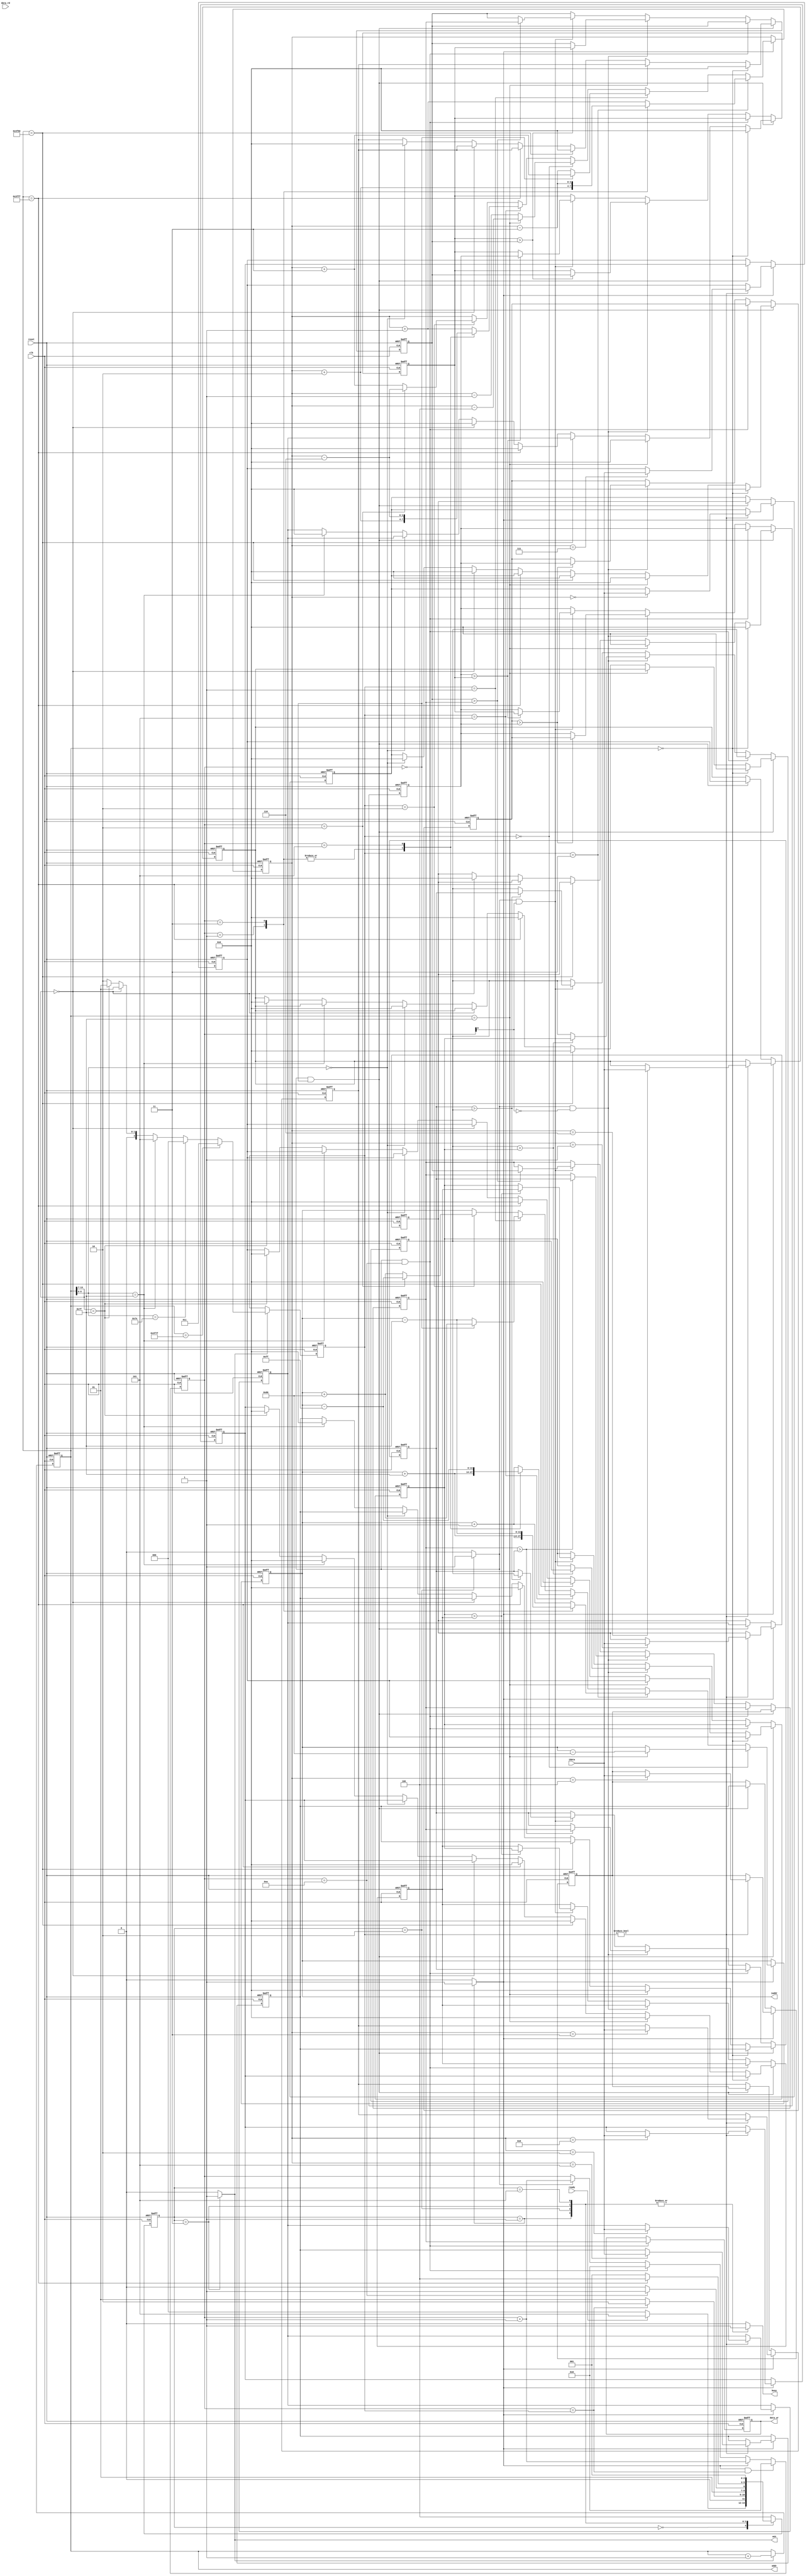
`timescale 1ns/10ps

module MFE(clk,reset,busy,ready,iaddr,idata,data_rd,data_wr,addr,wen);

input				clk;
input				reset;
output	reg			busy;	
input				ready;	
output	reg	[13:0]	iaddr;
input		[7:0]	idata;	
input		[7:0]	data_rd;
output	reg	[7:0]	data_wr;
output	reg	[13:0]	addr;
output	reg			wen;

reg			[2:0]	CurrentState;
reg			[2:0]	NextState;

reg			[3:0]	counter;
reg			[2:0]	round;
reg			[3:0]	index;

reg					data_read;
reg					sort;

reg			[7:0]	data_unsorted[8:0];
reg         [7:0]   data_sorting[8:0];

always@(posedge clk or posedge reset)begin
	if(reset)
		data_wr <= 8'h0;
	else if(sort && counter == 4'ha)
		data_wr <= data_sorting[4];
end

always@(posedge clk or posedge reset)begin
	if(reset)
		index <= 4'h4;
	else if(data_read)begin
		if(round == 3'h3)begin//addr = 0 or 16256 //left-top & left-down
			case(counter)
				4'h1:
					index <= index + 2'h2;
				4'h3:
					index <= index - 2'h3;
				default:
					index <= index + 1'h1;
			endcase
		end
		else if(round == 3'h1)begin//addr < 127 or > 16256 //top & down
			case(counter)
				4'h0:
					index <= index + 2'h3;
				default:
					index <= index - 2'h3;
			endcase
		end
		else if(round == 3'h0)begin//addr[6:0] = 127 //right
			if(addr == 7'h7f)
				index <= index - 3'h4;
			else
				index <= index - 1'h1;
		end
		else if(round == 3'h5)begin//addr[6:0] = 0 //left
			case(counter)
				4'h1:
					index <= index + 2'h2;
				4'h3:
					index <= index + 2'h2;
				4'h5:
					index <= index - 3'h6;
				default:
					index <= index + 1'h1;
			endcase
		end
		else if(round == 3'h2)begin//other
			case(counter)
				3'h2:
					index <= index - 3'h6;
				default:
					index <= index + 2'h3;
			endcase
		end
	end
end

always@(posedge clk or posedge reset)begin
	if(reset)begin
		data_sorting[0] <= 8'h0;
		data_sorting[1] <= 8'h0;
		data_sorting[2] <= 8'h0;
		data_sorting[3] <= 8'h0;
		data_sorting[4] <= 8'h0;
		data_sorting[5] <= 8'h0;
		data_sorting[6] <= 8'h0;
		data_sorting[7] <= 8'h0;
		data_sorting[8] <= 8'h0;
	end
	else if(sort && counter == 4'h0)begin
		if(addr == 14'h0)begin//left-top
			data_sorting[0] <= 8'h0;
			data_sorting[1] <= 8'h0;
			data_sorting[2] <= 8'h0;
			data_sorting[3] <= 8'h0;
			data_sorting[4] <= data_unsorted[4];
			data_sorting[5] <= data_unsorted[5];
			data_sorting[6] <= 8'h0;
			data_sorting[7] <= data_unsorted[7];
			data_sorting[8] <= data_unsorted[8];
		end
		else if(addr == 7'h7f)begin//right-top
			data_sorting[0] <= 8'h0;
			data_sorting[1] <= 8'h0;
			data_sorting[2] <= 8'h0;
			data_sorting[3] <= data_unsorted[3];
			data_sorting[4] <= data_unsorted[4];
			data_sorting[5] <= 8'h0;
			data_sorting[6] <= data_unsorted[6];
			data_sorting[7] <= data_unsorted[7];
			data_sorting[8] <= 8'h0;
		end
		else if(addr == 14'h3f80)begin//left-down
			data_sorting[0] <= 8'h0;
			data_sorting[1] <= data_unsorted[1];
			data_sorting[2] <= data_unsorted[2];
			data_sorting[3] <= 8'h0;
			data_sorting[4] <= data_unsorted[4];
			data_sorting[5] <= data_unsorted[5];
			data_sorting[6] <= 8'h0;
			data_sorting[7] <= 8'h0;
			data_sorting[8] <= 8'h0;
		end
		else if(addr == 14'h3fff)begin//right-down
			data_sorting[0] <= data_unsorted[0];
			data_sorting[1] <= data_unsorted[1];
			data_sorting[2] <= 8'h0;
			data_sorting[3] <= data_unsorted[3];
			data_sorting[4] <= data_unsorted[4];
			data_sorting[5] <= 8'h0;
			data_sorting[6] <= 8'h0;
			data_sorting[7] <= 8'h0;
			data_sorting[8] <= 8'h0;
		end
		else if(addr[13:7] == 7'h0)begin//top
			data_sorting[0] <= 8'h0;
			data_sorting[1] <= 8'h0;
			data_sorting[2] <= 8'h0;
			data_sorting[3] <= data_unsorted[3];
			data_sorting[4] <= data_unsorted[4];
			data_sorting[5] <= data_unsorted[5];
			data_sorting[6] <= data_unsorted[6];
			data_sorting[7] <= data_unsorted[7];
			data_sorting[8] <= data_unsorted[8];
		end
		else if(addr[6:0] == 7'h0)begin//left
			data_sorting[0] <= 8'h0;
			data_sorting[1] <= data_unsorted[1];
			data_sorting[2] <= data_unsorted[2];
			data_sorting[3] <= 8'h0;
			data_sorting[4] <= data_unsorted[4];
			data_sorting[5] <= data_unsorted[5];
			data_sorting[6] <= 8'h0;
			data_sorting[7] <= data_unsorted[7];
			data_sorting[8] <= data_unsorted[8];
		end
		else if(addr[6:0] == 7'h7f)begin//right
			data_sorting[0] <= data_unsorted[0];
			data_sorting[1] <= data_unsorted[1];
			data_sorting[2] <= 8'h0;
			data_sorting[3] <= data_unsorted[3];
			data_sorting[4] <= data_unsorted[4];
			data_sorting[5] <= 8'h0;
			data_sorting[6] <= data_unsorted[6];
			data_sorting[7] <= data_unsorted[7];
			data_sorting[8] <= 8'h0;
		end
		else if(addr[13:7] == 7'h7f)begin//down
			data_sorting[0] <= data_unsorted[0];
			data_sorting[1] <= data_unsorted[1];
			data_sorting[2] <= data_unsorted[2];
			data_sorting[3] <= data_unsorted[3];
			data_sorting[4] <= data_unsorted[4];
			data_sorting[5] <= data_unsorted[5];
			data_sorting[6] <= 8'h0;
			data_sorting[7] <= 8'h0;
			data_sorting[8] <= 8'h0;
		end
		else begin//other
			data_sorting[0] <= data_unsorted[0];
			data_sorting[1] <= data_unsorted[1];
			data_sorting[2] <= data_unsorted[2];
			data_sorting[3] <= data_unsorted[3];
			data_sorting[4] <= data_unsorted[4];
			data_sorting[5] <= data_unsorted[5];
			data_sorting[6] <= data_unsorted[6];
			data_sorting[7] <= data_unsorted[7];
			data_sorting[8] <= data_unsorted[8];
		end
	end
	else if(sort && counter == 4'ha)begin
		data_sorting[0] <= data_sorting[0];
	end
	else if(sort && counter[0] == 1'h0)begin
		if(data_sorting[0] > data_sorting[1])begin
			data_sorting[0] <= data_sorting[1];
			data_sorting[1] <= data_sorting[0];
		end
		if(data_sorting[2] > data_sorting[3])begin
			data_sorting[2] <= data_sorting[3];
			data_sorting[3] <= data_sorting[2];
		end
		if(data_sorting[4] > data_sorting[5])begin
			data_sorting[4] <= data_sorting[5];
			data_sorting[5] <= data_sorting[4];
		end
		if(data_sorting[6] > data_sorting[7])begin
			data_sorting[6] <= data_sorting[7];
			data_sorting[7] <= data_sorting[6];
		end
	end
	else if(sort && counter[0] == 1'h1)begin
		if(data_sorting[1] > data_sorting[2])begin
			data_sorting[1] <= data_sorting[2];
			data_sorting[2] <= data_sorting[1];
		end
		if(data_sorting[3] > data_sorting[4])begin
			data_sorting[3] <= data_sorting[4];
			data_sorting[4] <= data_sorting[3];
		end
		if(data_sorting[5] > data_sorting[6])begin
			data_sorting[5] <= data_sorting[6];
			data_sorting[6] <= data_sorting[5];
		end
		if(data_sorting[7] > data_sorting[8])begin
			data_sorting[7] <= data_sorting[8];
			data_sorting[8] <= data_sorting[7];
		end
	end
end

always@(posedge clk or posedge reset)begin
	if(reset)begin
		data_unsorted[0] <= 8'h0;
		data_unsorted[1] <= 8'h0;
		data_unsorted[2] <= 8'h0;
		data_unsorted[3] <= 8'h0;
		data_unsorted[4] <= 8'h0;
		data_unsorted[5] <= 8'h0;
		data_unsorted[6] <= 8'h0;
		data_unsorted[7] <= 8'h0;
		data_unsorted[8] <= 8'h0;
	end
	else if(data_read)begin
		if(round != 3'h0)
			data_unsorted[index] <= idata;
	end
	else if(sort && counter == 4'h0)begin
		data_unsorted[0] <= data_unsorted[1];
		data_unsorted[1] <= data_unsorted[2];
		data_unsorted[3] <= data_unsorted[4];
		data_unsorted[4] <= data_unsorted[5];
		data_unsorted[6] <= data_unsorted[7];
		data_unsorted[7] <= data_unsorted[8];
	end
end

always@(posedge clk or posedge reset)begin
	if(reset)
		iaddr <= 14'h0;
	else if(data_read)begin
		if(round == 3'h0)begin//addr[6:0] = 127 //right
			if(addr == 7'h7f)
				iaddr <= iaddr - 8'h80;
		end
		else if(round == 3'h3)begin//addr = 0 or 16256 //left-up & left-down
			case(counter)
				4'h1:
					iaddr <= iaddr + 8'h7f;
				4'h3:
					iaddr <= iaddr - 8'h7f;
				default:
					iaddr <= iaddr + 1'h1;
			endcase
		end
		else if(round == 3'h5)begin//addr[6:0] = 0 //left
			case(counter)
				4'h1:
					iaddr <= iaddr + 8'h7f;
				4'h3:
					iaddr <= iaddr + 8'h7f;
				4'h5:
					iaddr <= iaddr - 8'hff;
				default:
					iaddr <= iaddr + 1'h1;
			endcase
		end
		else if(round == 3'h1)begin//addr < 127 or > 16256 //up & down
			case(counter)
				4'h0:
					iaddr <= iaddr + 8'h80;
				default:
					iaddr <= iaddr - 8'h7f;
			endcase
		end
		else if(round == 3'h2)begin//other
			case(counter)
				4'h2:
					iaddr <= iaddr - 8'hff;
				default:
					iaddr <= iaddr + 8'h80;
			endcase
		end
	end
end

always@(posedge clk or posedge reset)begin
	if(reset)
		addr <= 14'h0;
	else if(wen)
		addr <= addr + 1'h1;
end

always@(posedge clk or posedge reset)begin
	if(reset)//addr = 0 // left-up
		round <= 3'h3;
	else if(wen)begin
		if(addr == 14'h3f7f)//addr = 16256 //left-down
			round <= 3'h3;
		else if(addr[6:0] == 7'h7e)//addr[6:0] = 127 //right
			round <= 3'h0;
		else if(addr[6:0] == 7'h7f)//addr[6:0] = 128 //left
			round <= 3'h5;
		else if(addr[13:7] == 7'h0)//addr < 127 //up
			round <= 3'h1;
		else if(addr[13:7] == 7'h7f)//addr > 16256 //down
			round <= 3'h1;
		else//other 
			round <= 3'h2;
	end
end

always@(posedge clk or posedge reset)begin
	if(reset)
		counter <= 4'h0;
	else if(data_read && counter == round)
		counter <= 4'h0;
	else if(data_read)
		counter <= counter + 1'h1;
	else if(sort && counter == 4'ha)
		counter <= 4'h0;
	else if(sort)
		counter <= counter + 1'h1;
end

always@(posedge clk or posedge reset)begin
	if(reset)
		CurrentState <= 3'h0;
	else
		CurrentState <= NextState;
end

always@(*)begin
	case(CurrentState)
		3'h0:begin//reset
			if(ready)
				NextState = 3'h5;
			else
				NextState = 3'h0;
		end
		3'h1:begin//read
			if(counter == round)
				NextState = 3'h2;
			else
				NextState = 3'h1;
		end
		3'h2:begin//sort
			if(counter == 4'ha)
				NextState = 3'h3;
			else
				NextState = 3'h2;
		end
		3'h3:begin//write
			if(addr == 14'h3fff)
				NextState = 3'h4;
			else
				NextState = 3'h1;
		end
		3'h5:begin
			NextState = 3'h1;
		end
		default:begin//finish
			NextState = 3'h4;
		end
	endcase
end

always@(*)begin
    case(CurrentState)
		3'h0:begin//reset
			data_read = 0;
			sort = 0;
			wen = 0;
			busy = 0;
		end
		3'h1:begin//read
			data_read = 1;
			sort = 0;
			wen = 0;
			busy = 1;
		end
		3'h2:begin//sort
			data_read = 0;
			sort = 1;
			wen = 0;
			busy = 1;
		end
		3'h3:begin//write
			data_read = 0;
			sort = 0;
			wen = 1;
			busy = 1;
		end
		3'h5:begin
			data_read = 0;
			sort = 0;
			wen = 0;
			busy = 1;
		end
		default:begin//finish
			data_read = 0;
			sort = 0;
			wen = 0;
			busy = 0;
		end
	endcase
end
	
endmodule